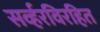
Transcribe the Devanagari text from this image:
सर्व्हरविरहित